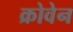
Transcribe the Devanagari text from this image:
क्रोवेन